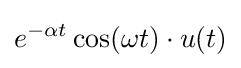
e^{-\alpha t}\cos(\omega t)\cdot u(t)